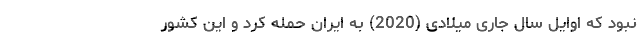
نبود که اوایل سال جاری میلادی (2020) به ایران حمله کرد و این کشور